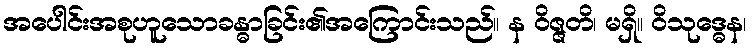
အပေါင်းအစုဟူသောခန္ဓာခြင်း၏အကြောင်းသည်။ န ဝိဇ္ဇတိ၊ မရှိ။ ဝိသုဒ္ဓေန၊